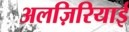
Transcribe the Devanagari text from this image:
अलज़िरियाई